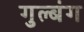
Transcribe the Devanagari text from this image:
गुल्बंग